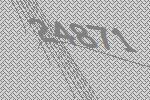
24871